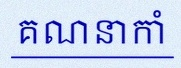
គណនាកាំ